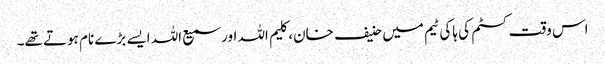
اس وقت کسٹم کی ہاکی ٹیم میں حنیف خان، کلیم اللہ اور سمیع اللہ ایسے بڑے نام ہوتے تھے۔